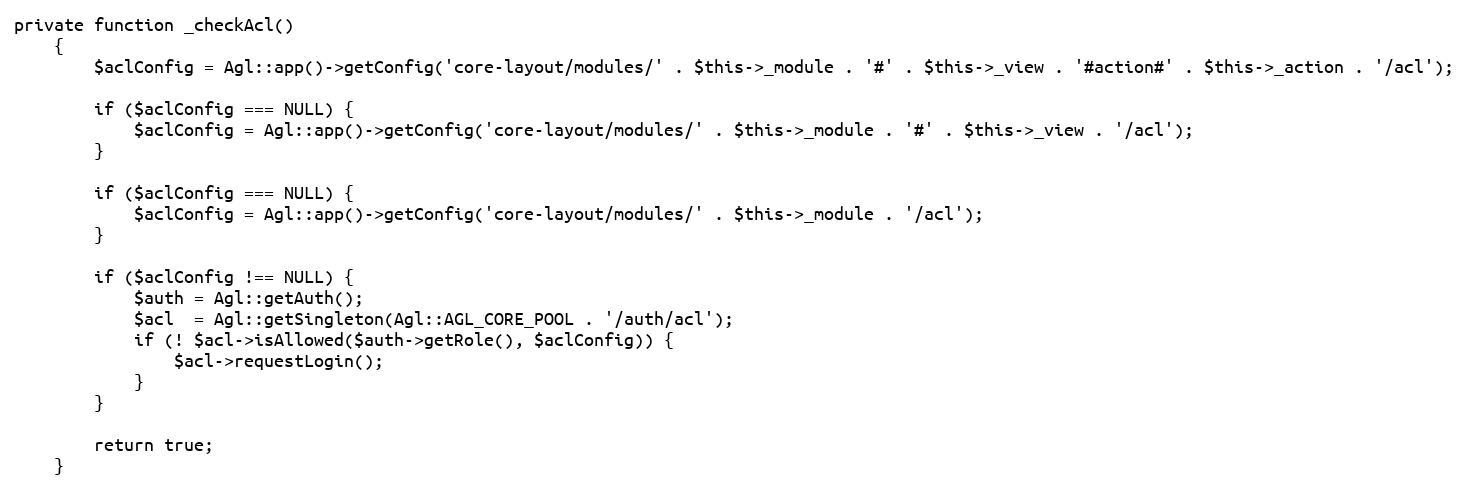
Language: PHP
private function _checkAcl()
	{
		$aclConfig = Agl::app()->getConfig('core-layout/modules/' . $this->_module . '#' . $this->_view . '#action#' . $this->_action . '/acl');

		if ($aclConfig === NULL) {
			$aclConfig = Agl::app()->getConfig('core-layout/modules/' . $this->_module . '#' . $this->_view . '/acl');
		}

		if ($aclConfig === NULL) {
			$aclConfig = Agl::app()->getConfig('core-layout/modules/' . $this->_module . '/acl');
		}

    	if ($aclConfig !== NULL) {
			$auth = Agl::getAuth();
			$acl  = Agl::getSingleton(Agl::AGL_CORE_POOL . '/auth/acl');
			if (! $acl->isAllowed($auth->getRole(), $aclConfig)) {
	    		$acl->requestLogin();
	    	}
        }

        return true;
	}